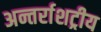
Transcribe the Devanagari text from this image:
अन्तर्राशट्रीय